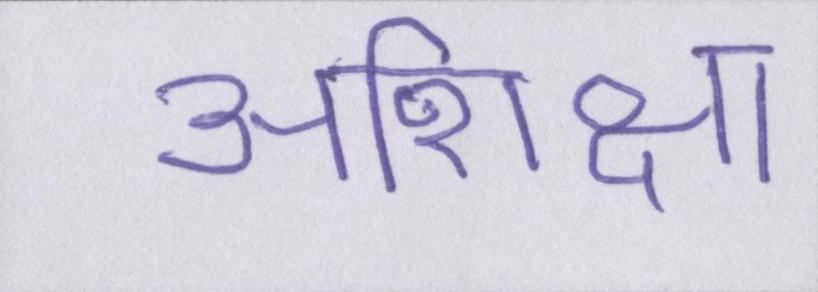
अशिक्षा